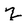
Character: Z